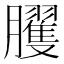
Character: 𰯪